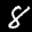
Label: 8